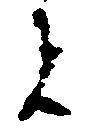
者